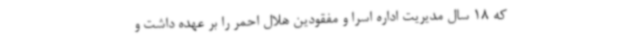
که 18 سال مدیریت اداره اسرا و مفقودین هلال احمر را بر عهده داشت و